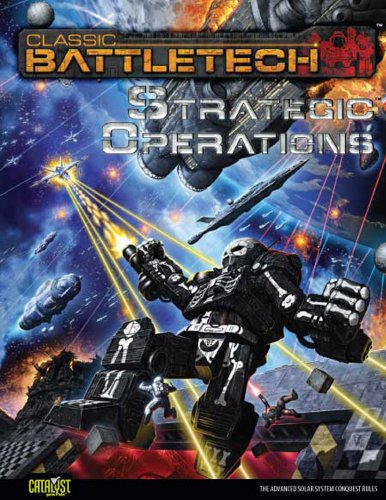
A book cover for Battletech Strategic Operations; Catalyst Game Labs; Science Fiction & Fantasy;